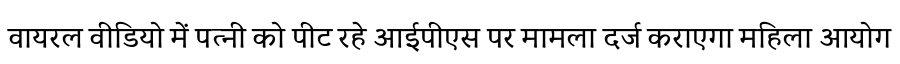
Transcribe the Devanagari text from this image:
वायरल वीडियो में पत्नी को पीट रहे आईपीएस पर मामला दर्ज कराएगा महिला आयोग